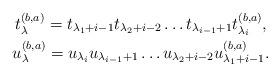
LaTeX: \begin{gather*}t_\lambda^{(b,a)}=t_{\lambda_1+i-1}t_{\lambda_2+i-2}\dots t_{\lambda_{i-1}+1}t_{\lambda_i}^{(b,a)},\\u_\lambda^{(b,a)}=u_{\lambda_i}u_{\lambda_{i-1}+1}\dots u_{\lambda_2+i-2}u_{\lambda_1+i-1}^{(b,a)}.\end{gather*}